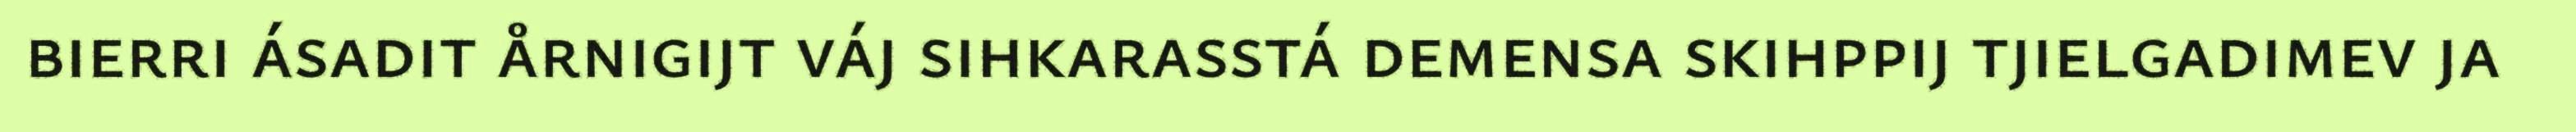
bierri ásadit årnigijt váj sihkarasstá demensa skihppij tjielgadimev ja